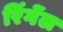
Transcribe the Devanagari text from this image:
रिंगेंल